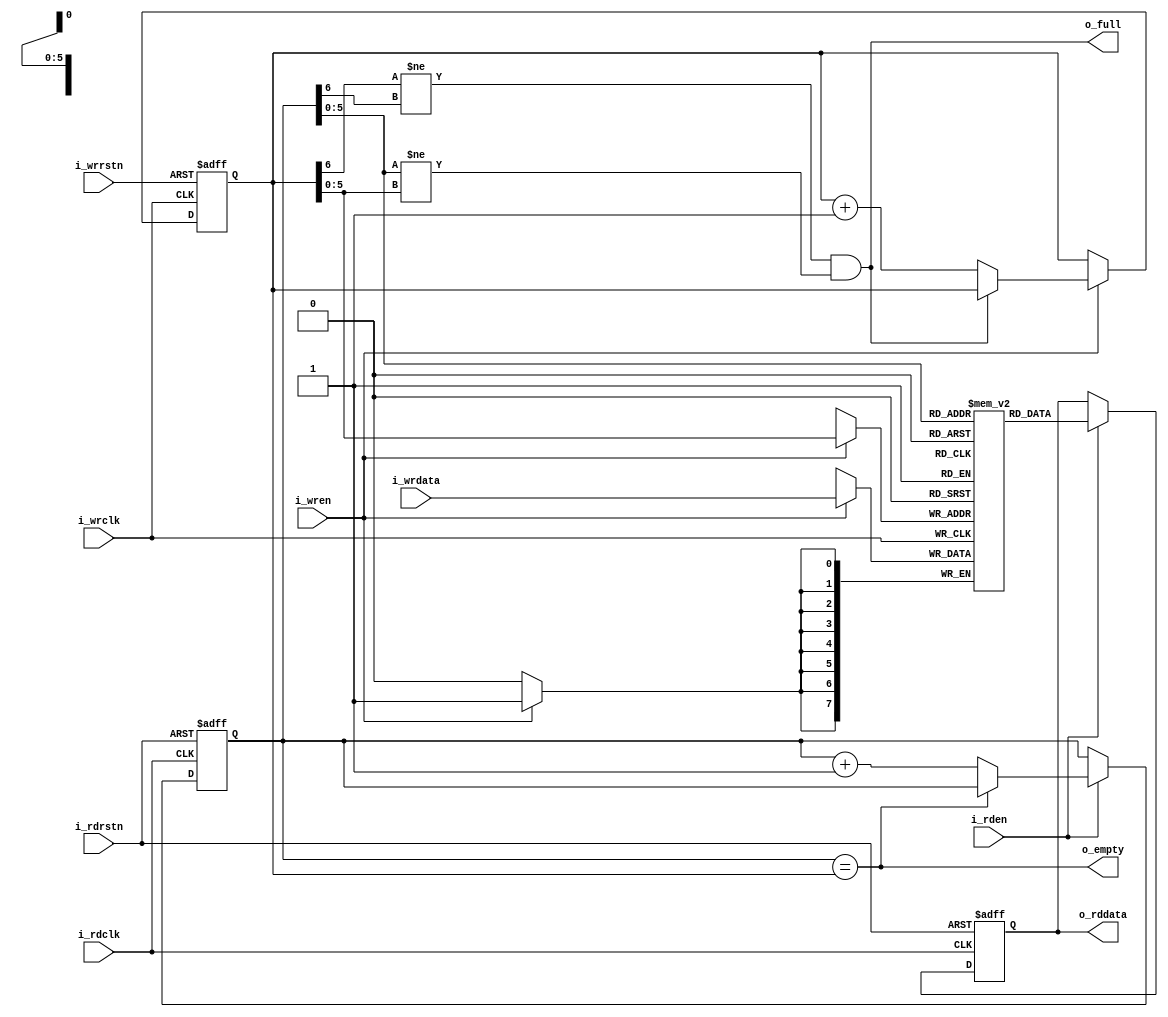
 
 ///////////////////////////////////////////////////////////////////
//       _____         __            ____   ____
//      /  _  \  __ __|  | __        \   \ /   /
//     /  /_\  \|  |  \  |/ /  ______ \   Y   / 
//    /    |    \  |  /    <  /_____/  \     /  
//    \____|__  /____/|__|_ \           \___/   
//            \/           \/                   
//
///////////////////////////////////////////////////////////////////
//Project     : Auk-V
//Description : RV32I CPU
//              With 5 stage pipeline
//              Brach always not taken
// 
//File type   : Verilog RTL
//Description : fifo
//
////////////////////////////////////////////////////////////////////

`define T_ADDRESS [$clog2(P_DEPTH) : 0]
`define T_DATA [P_WIDTH-1:0]
`define T_DEPTH [P_DEPTH-1:0]
`define overflow [$clog2(P_DEPTH)]
`define address [$clog2(P_DEPTH)-1:0]


module fifo (
                        i_wrclk,i_wrrstn,
                        i_wren,i_wrdata,
                        o_full,
                        i_rdclk,i_rdrstn,
                        i_rden,o_rddata,
                        o_empty
);

parameter P_DEPTH = 64;
parameter P_WIDTH = 8;


input i_wrclk;
input i_wrrstn;
input i_wren;
input `T_DATA i_wrdata;
output o_full;
input i_rdclk;
input i_rdrstn;
input i_rden;
output `T_DATA o_rddata;
output o_empty;

reg `T_DATA mem `T_DEPTH;
reg `T_ADDRESS rd_addr;
reg `T_ADDRESS wr_addr;
//reg `T_ADDRESS ac_rd_addr;
//reg `T_ADDRESS ac_wr_addr;
//reg `T_ADDRESS sync_rd_addr;
//reg `T_ADDRESS sync_wr_addr;

//reg `T_ADDRESS grey_rd_addr;
//reg `T_ADDRESS grey_wr_addr;
//reg `T_ADDRESS grey_rd_addr1;
//reg `T_ADDRESS grey_wr_addr1;
//reg `T_ADDRESS grey_rd_addr2;
//reg `T_ADDRESS grey_wr_addr3;


wire full ;
wire empty;
reg `T_DATA rd_data;

assign full = ((wr_addr`overflow != rd_addr`overflow) &(rd_addr`address != wr_addr`address));
assign empty = (rd_addr == wr_addr);

always@(posedge i_wrclk,negedge i_wrrstn) begin
        if (~i_wrrstn) begin
            wr_addr<= 'b0;
        end else begin
            if (i_wren) begin
                if (~full)  begin
                    wr_addr <= wr_addr+1;
                end
            end
        end
end


always@(posedge i_rdclk,negedge i_rdrstn) begin
        if (~i_rdrstn) begin
            rd_addr<= 'b0;
        end else begin
            if (i_rden) begin
                if (~empty)  begin
                    rd_addr <= rd_addr+1;
                end
            end
        end
end

always@(posedge i_wrclk) begin
    if (i_wren) begin
        mem[wr_addr`address]<= i_wrdata;
    end
end

always@(posedge i_rdclk,negedge i_rdrstn) begin
    if (~i_rdrstn) begin
        rd_data<= 'b0;
    end else begin
        if (i_rden) begin
            rd_data <=mem[rd_addr`address];
        end
    end
end


assign o_full = full;
assign o_empty = empty;
assign o_rddata = rd_data;


endmodule